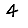
Digit: 4